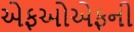
એફઓએફની